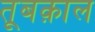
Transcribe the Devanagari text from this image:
तूबक़ाल